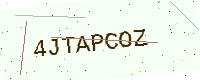
Text: 4JTAPCOZ